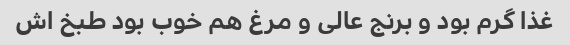
غذا گرم بود و برنج عالی و مرغ هم خوب بود طبخ اش